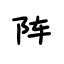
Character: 阵